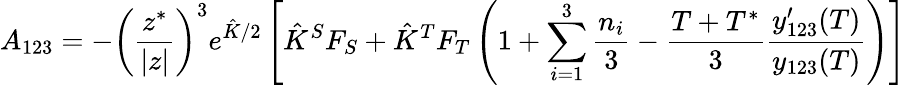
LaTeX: A_{123}=-\left(\frac{z^{*}}{|z|}\right)^{3}e^{\hat{K}/2}\left[\hat{K}^{S}F_{S}+\hat{K}^{T}F_{T}\left(1+\sum_{i=1}^{3}\frac{n_{i}}{3}-\frac{T+T^{*}}{3}\frac{y_{123}^{\prime}(T)}{y_{123}(T)}\right)\right]